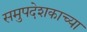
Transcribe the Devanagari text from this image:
समुपदेशकाच्या